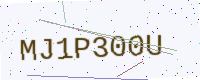
Text: MJ1P300U